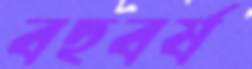
বহুবর্ষ